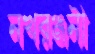
নখরঞ্জনী